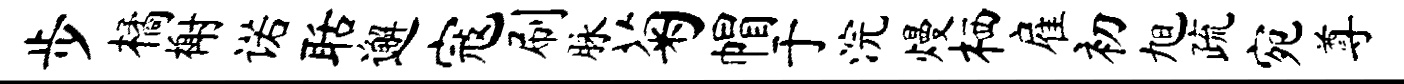
步橘榭诺聒邂寇刷脉菊帽于浣熳栖雇初旭疏宛尊